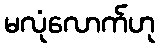
မလုံလောက်ဟု